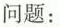
问题：